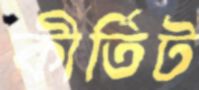
কীর্তিট